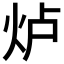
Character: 𱪵